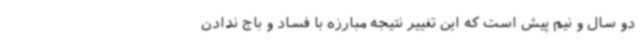
دو سال و نیم پیش است که این تغییر نتیجه مبارزه با فساد و باج ندادن